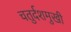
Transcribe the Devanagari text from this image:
चतुर्दशमुखी